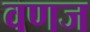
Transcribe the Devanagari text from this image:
वणज